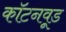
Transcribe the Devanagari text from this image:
कॉटनवूड